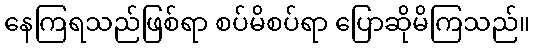
နေကြရသည်ဖြစ်ရာ စပ်မိစပ်ရာ ပြောဆိုမိကြသည်။